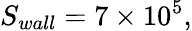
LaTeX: S_{wall}=7\times 10^{5},